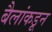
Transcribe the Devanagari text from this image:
बैलांकडून